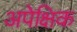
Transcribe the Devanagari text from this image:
अपेक्षिक